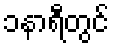
၁နာရီတွင်